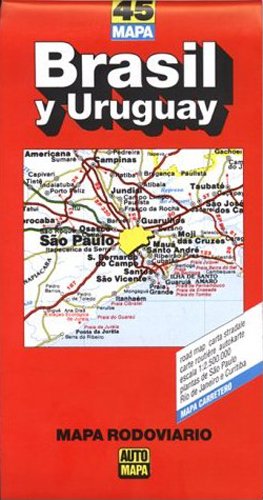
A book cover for Brasil & Uruguay Road Map (Buenos Aires to Rio de Janeiro) (Spanish Edition); AutoMapa; Travel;